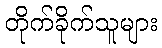
တိုက်ခိုက်သူများ